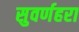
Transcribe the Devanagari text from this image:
सुवर्णहरा